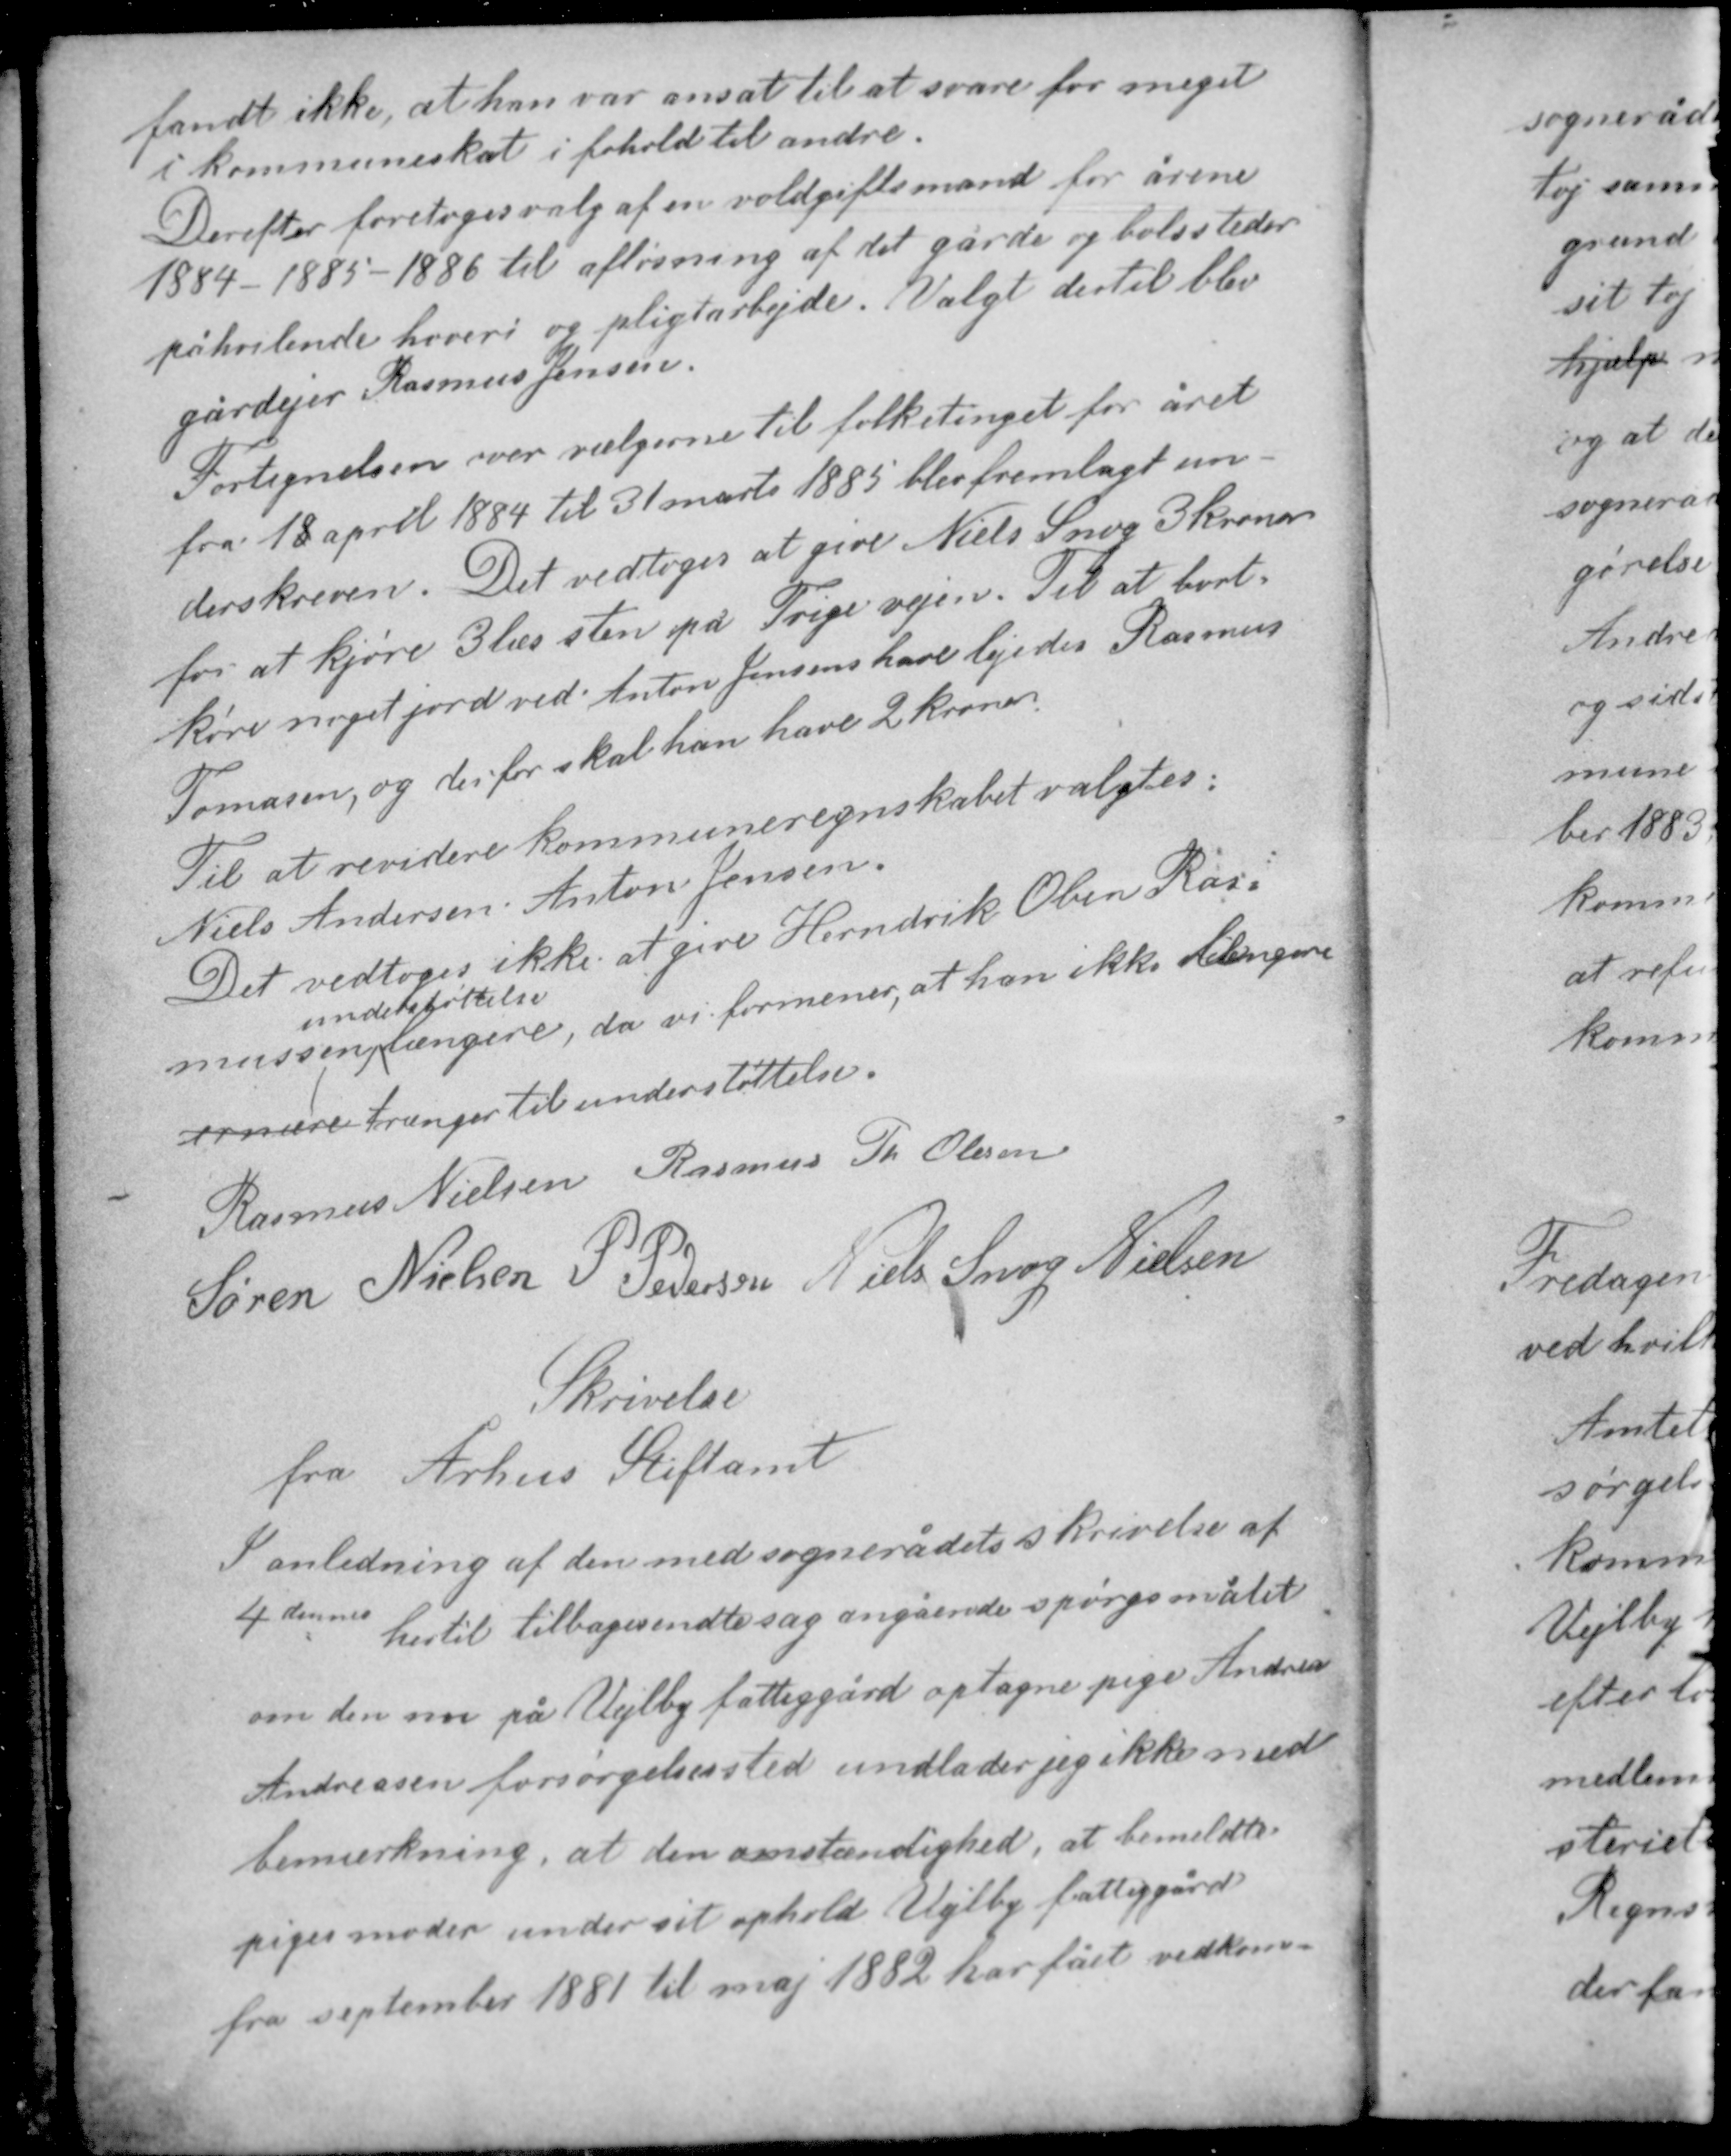
Transskription:
fandt ikke, at han var ansat til at svare for meget
i kommuneskat i forhold til andre.
Derefter foretoges valg af en voldgiftsmand for årene
1884 -1885 -1886 til afløsning af det gårde og bolssteder
påhvilende hoveri og pligtarbejde. Valgt dertil blev
gårdejer Rasmus Jensen.

Fortegnelsen over vælgerne til folketinget for året
fra 18 april 1884 til 31 marts 1885 blev fremlagt un-
derskreven. Det vedtoges at give Niels Snog 3 kroner
for at kjøre 3 læs sten på Trige vejen. Til at bort-
køre noget jord ved Anton Jensens have lejedes Rasmus
Tomasen, og derfor skal han have 2 kroner.

Til at revidere kommuneregnskabet valgtes:
Niels Andersen - Anton Jensen.
Det vedtoges ikke at give Hendrik Oben Ras-
understøttelse
mussen længere, da vi formener, at han ikke længere
ernære trænger til understøttelse.

Rasmus Nielsen Rasmus Th. Olesen
Søren Nielsen P. Pedersen Niels Snog Nielsen

Skrivelse
fra Århus Stiftamt

I anledning af den med sognerådets skrivelse af
4 dennes hertil tilbagesendte sag angående spørgsmålet
om den nu på Vejlby fattiggård optagne pige Andrea
Andreasens forsørgelsessted undlader jeg ikke med
bemærkning at den omstændighed, at bemeldte
piges moder under sit ophold Vejlby fattiggård
fra september 1881 til maj 1882 har fået vedkom